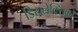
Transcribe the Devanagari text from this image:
डिसलेक्सिकों